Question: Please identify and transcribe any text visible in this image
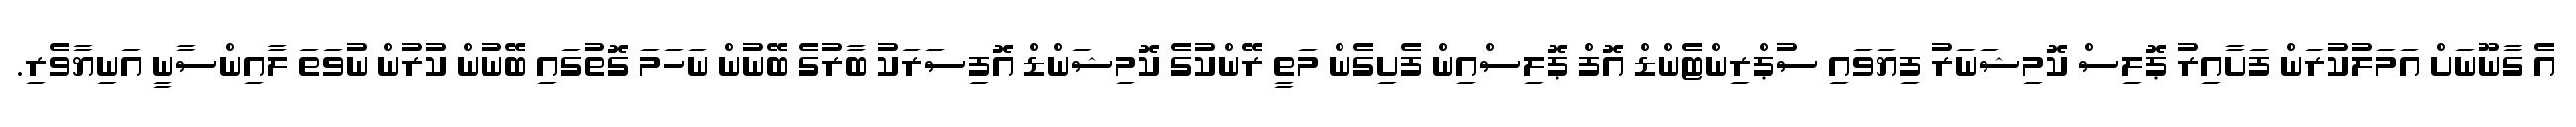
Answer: އެ ގާނޫނަށް އަމަލުކުރަން ފަށާއިރު ޕޮލިސް ކޮމިޝަނަރު ފިޔަވައި ސުޕްރިންޓެންޑް އޮފް ޕޮލިސްއިން ފެށިގެން މަތީ ރޭންކުގެ ކޮމިޝަންޑް އޮފިސަރަކު ބާރުގެ ބޭނުން ނަހަމަ ގޮތުގައި ބޭނުން ކުރުން ނުވަތަ ލާއިންސާނީ އަނިޔާވެރި.